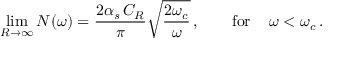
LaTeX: \operatorname * { l i m } _ { R \to \infty } N ( \omega ) = \frac { 2 \alpha _ { s } \, C _ { R } } { \pi } \sqrt { \frac { 2 \omega _ { c } } { \omega } } \, , \qquad \mathrm { f o r } \, \quad \omega < \omega _ { c } \, .